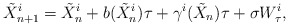
\begin{align*}\tilde X_{n+1}^i = \tilde X_n^i + b(\tilde X_n^i)\tau + \gamma^i(\tilde X_n)\tau + \sigma W_\tau^i,\end{align*}